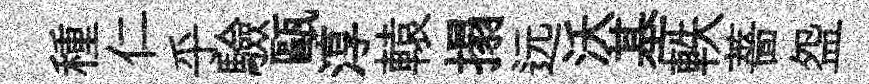
種仁乎驗甌淳轅搨远沃基軼薔盌